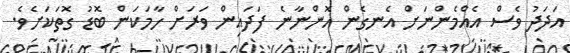
އަދަދު ވެސް އެއްމެންނަށް އެނގެން އޮންނާނެ ފަދައިން ވަރަށް ހާމަކަން ބޮޑު ގޮތަކަށެވެ.